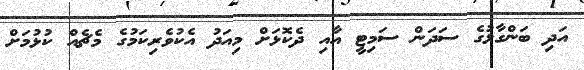
އަދި ބަންގާޅުގެ ސަދަން ސަމިޓީ އާއި ދެކޮޅަށް މިއަދު އެކުވެރިކަމުގެ މެޗެއް ކުޅުމަށް